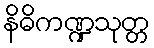
နိဓိကဏ္ဍသုတ္တ